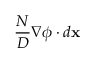
\frac { N } { D } \nabla \phi \cdot d \mathbf { x }